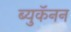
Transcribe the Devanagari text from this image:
ब्युकॅनन